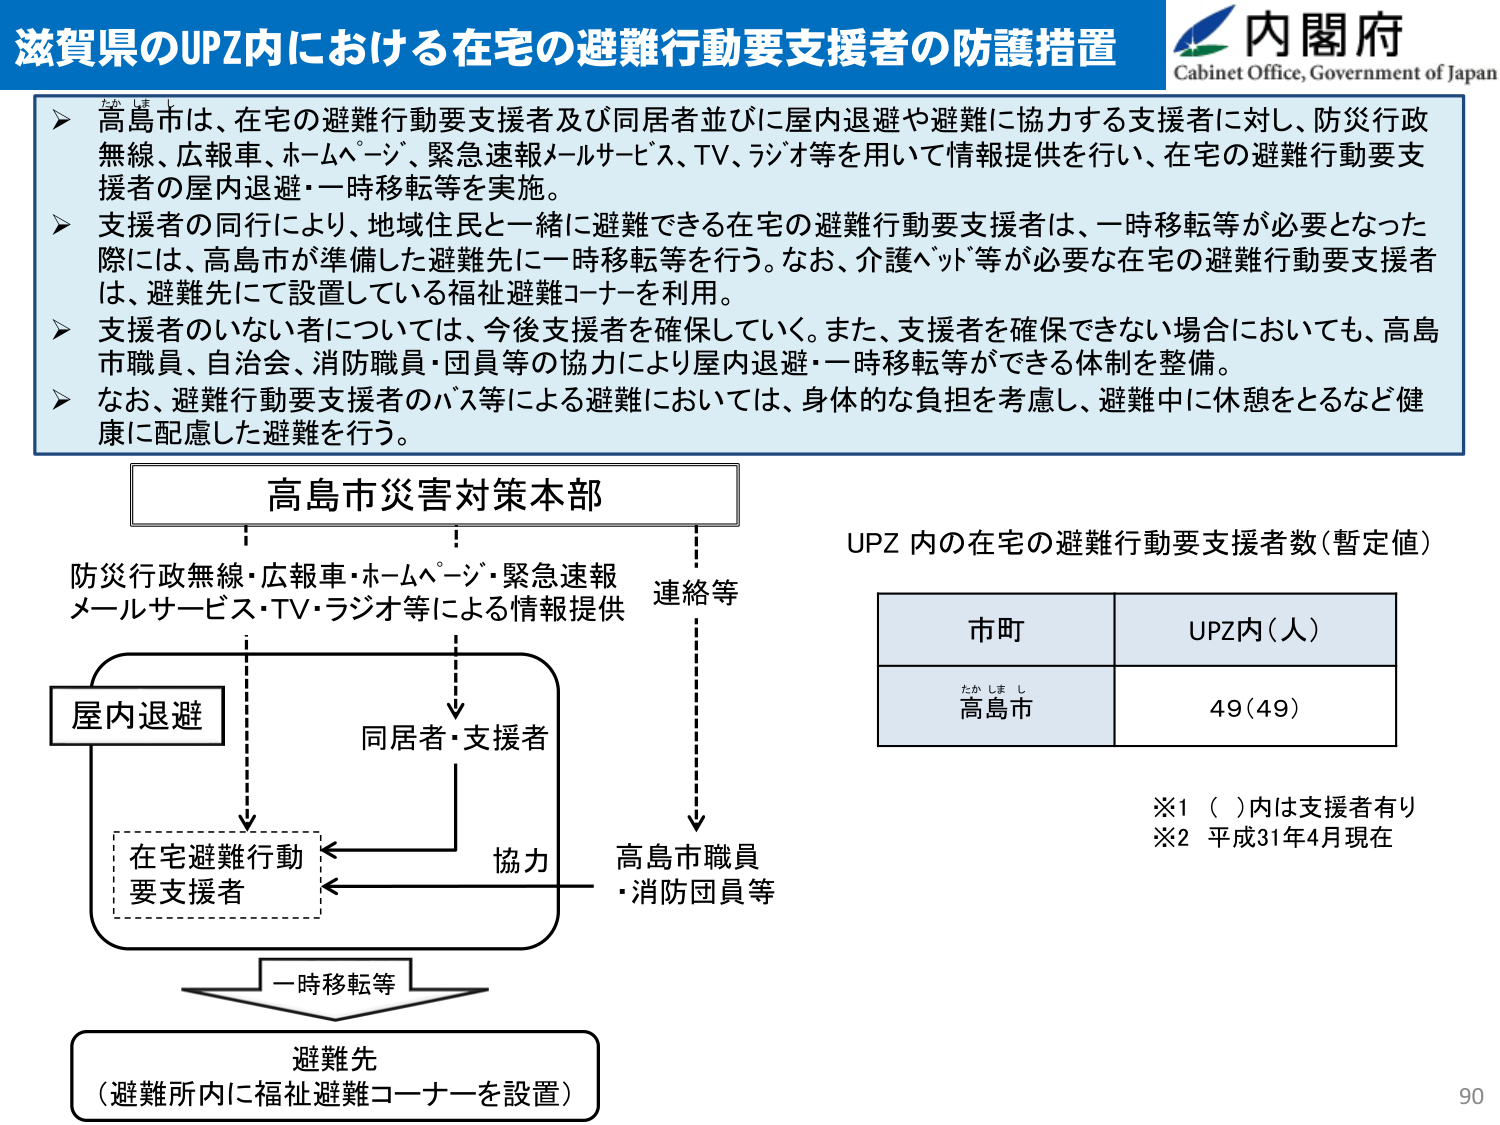
滋賀県のUPZ内における在宅の避難行動要支援者の防護措置

内閣府
Cabinet Office, Government of Japan

▶ 高島市は、在宅の避難行動要支援者及び同居者並びに屋内退避や避難に協力する支援者に対し、防災行政無線、広報車、ホームページ、緊急速報メールサービス、TV、ラジオ等を用いて情報提供を行い、在宅の避難行動要支援者の屋内退避・一時移転等を実施。
▶ 支援者の同行により、地域住民と一緒に避難できる在宅の避難行動要支援者は、一時移転等が必要となった際には、高島市が準備した避難先に一時移転等を行う。なお、介護ベッド等が必要な在宅の避難行動要支援者は、避難先にて設置している福祉避難コーナーを利用。
▶ 支援者のいない者については、今後支援者を確保していく。また、支援者を確保できない場合においても、高島市職員、自治会、消防職員・団員等の協力により屋内退避・一時移転等ができる体制を整備。
▶ なお、避難行動要支援者のバス等による避難においては、身体的な負担を考慮し、避難中に休憩をとるなど健康に配慮した避難を行う。

高島市災害対策本部

防災行政無線・広報車・ホームページ・緊急速報メールサービス・TV・ラジオ等による情報提供

屋内退避

在宅避難行動要支援者

同居者・支援者

協力

一時移転等

避難先
（避難所内に福祉避難コーナーを設置）

連絡等

高島市職員
・消防団員等

UPZ 内の在宅の避難行動要支援者数（暫定値）

市町　　　　　　UPZ内（人）
たかしまし　　49（49）
高島市

※1 （ ）内は支援者有り
※2 平成31年4月現在

90